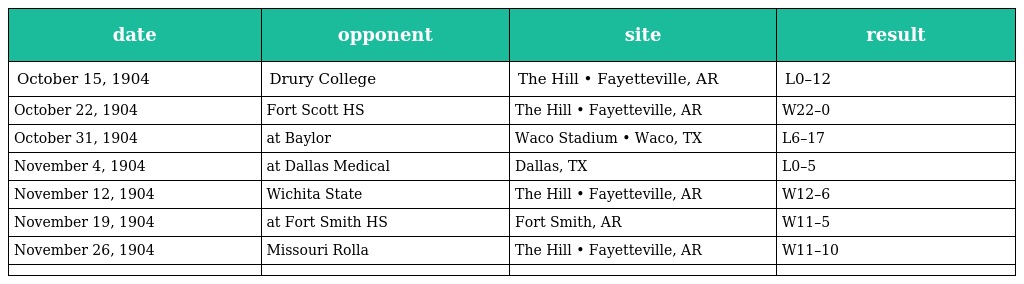
| date | opponent | site | result |
 | --- | --- | --- | --- |
 | October 15, 1904 | Drury College | The Hill • Fayetteville, AR | L0–12 |
 | October 22, 1904 | Fort Scott HS | The Hill • Fayetteville, AR | W22–0 |
 | October 31, 1904 | at Baylor | Waco Stadium • Waco, TX | L6–17 |
 | November 4, 1904 | at Dallas Medical | Dallas, TX | L0–5 |
 | November 12, 1904 | Wichita State | The Hill • Fayetteville, AR | W12–6 |
 | November 19, 1904 | at Fort Smith HS | Fort Smith, AR | W11–5 |
 | November 26, 1904 | Missouri Rolla | The Hill • Fayetteville, AR | W11–10 |
 |  |  |  |  |